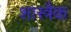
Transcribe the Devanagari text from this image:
शास्त्रैक